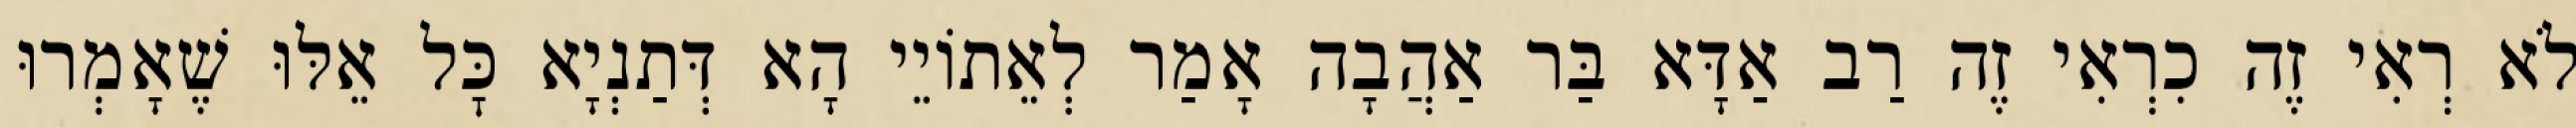
לֹא רְאִי זֶה כִרְאִי זֶה רַב אַדָּא בַּר אַהֲבָה אָמַר לְאֵתוֹיֵי הָא דְּתַנְיָא כׇּל אֵלּוּ שֶׁאָמְרוּ